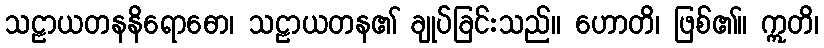
သဠာယတနနိရောဓော၊ သဠာယတန၏ ချုပ်ခြင်းသည်။ ဟောတိ၊ ဖြစ်၏။ ဣတိ၊